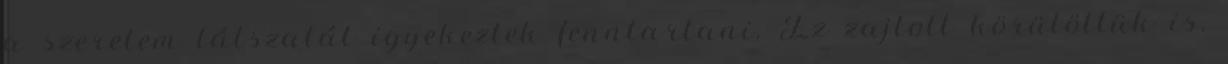
a szerelem látszatát igyekeztek fenntartani. Ez zajlott körülöttük is.